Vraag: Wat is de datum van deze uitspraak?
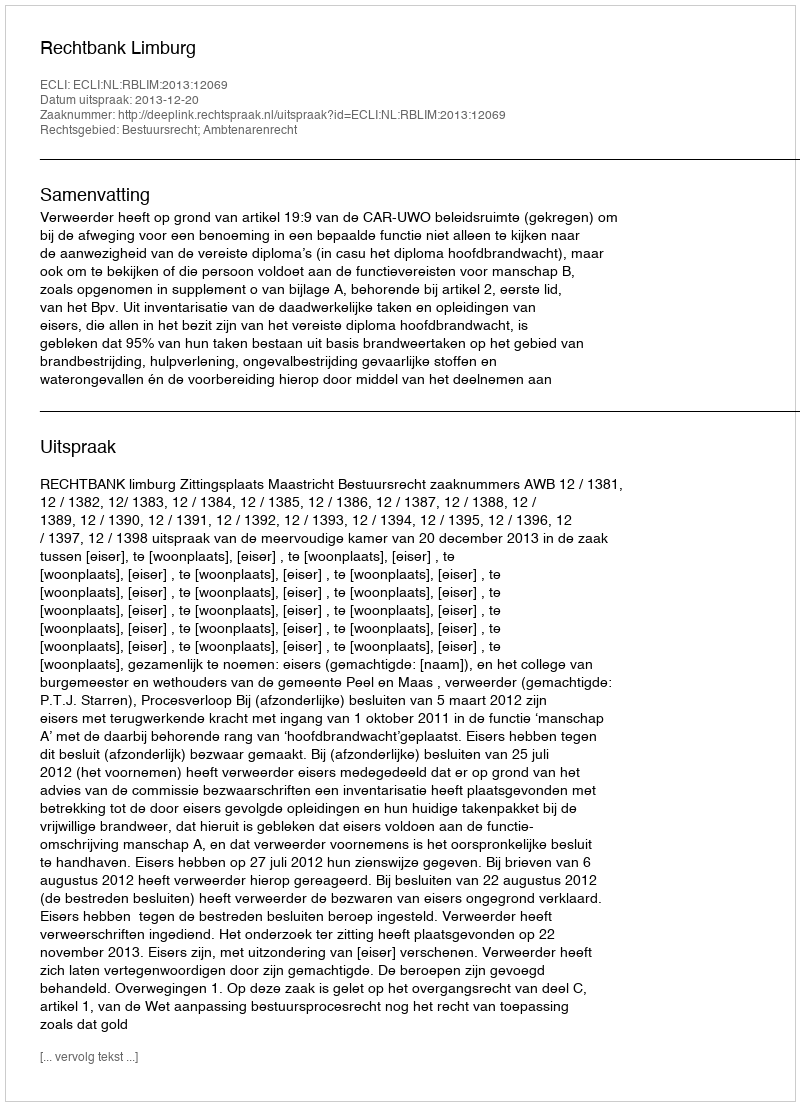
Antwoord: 2013-12-20